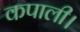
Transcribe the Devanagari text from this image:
कपाली।